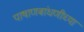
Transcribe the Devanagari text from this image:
पाषाणबांधणीच्या